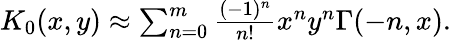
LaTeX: \begin{array}{r}{K_{0}(x,y)\approx\sum_{n=0}^{m}\frac{(-1)^{n}}{n!}x^{n}y^{n}\Gamma(-n,x).}\end{array}